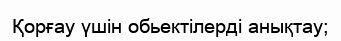
Қорғау үшін обьектілерді анықтау;